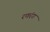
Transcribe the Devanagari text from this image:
रणरंग